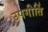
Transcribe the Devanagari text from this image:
उपगीतिं